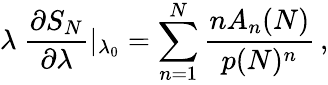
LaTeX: \lambda\ {\frac{\partial S_{N}}{\partial\lambda}}|_{\lambda_{0}}=\sum_{n=1}^{N}{\frac{nA_{n}(N)}{p(N)^{n}}}\, ,